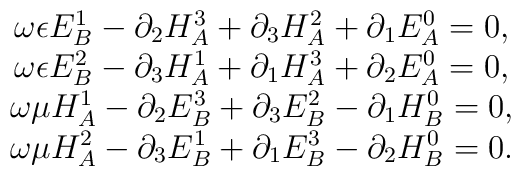
\begin{array}{c}\omega \epsilon E_B^1-\partial _2H_A^3+\partial _3H_A^2+\partial _1E_A^0=0,\\\omega \epsilon E_B^2-\partial _3H_A^1+\partial _1H_A^3+\partial _2E_A^0=0,\\\omega \mu H_A^1-\partial _2E_B^3+\partial _3E_B^2-\partial _1H_B^0=0, \\\omega \mu H_A^2-\partial _3E_B^1+\partial _1E_B^3-\partial _2H_B^0=0.\end{array}